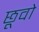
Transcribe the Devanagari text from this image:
छूवो